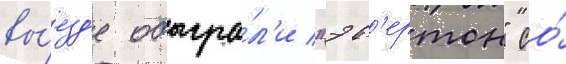
вы́езд'е обыгра́л'и "эв'ертон" со́